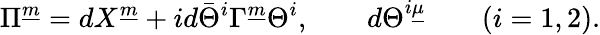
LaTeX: \Pi^{\underline{{m}}}=dX^{\underline{{m}}}+id\bar{\Theta}^{i}\Gamma^{\underline{{m}}}\Theta^{i},\qquad d\Theta^{i\underline{{\mu}}}\qquad(i=1,2).